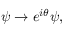
\psi \rightarrow e ^ { i \theta } \psi ,